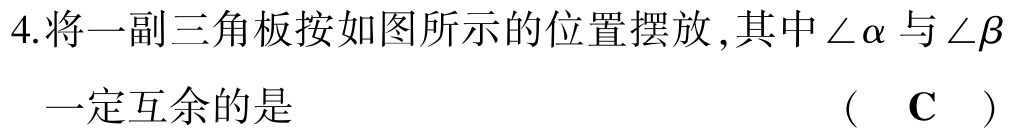
4.将一副三角板按如图所示的位置摆放,其中\(\angle\alpha\)与\(\angle\beta\)一定互余的是  （ C ）